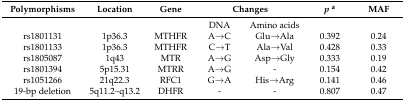
<table><thead><tr><td><b>Polymorphisms</b></td><td><b>Location</b></td><td><b>Gene</b></td><td colspan="2"><b>Changes </b></td><td><b><i>p</i><sup>a</sup></b></td><td><b>MAF</b></td></tr></thead><tbody><tr><td></td><td></td><td></td><td>DNA</td><td>Amino acids</td><td></td><td></td></tr><tr><td>rs1801131</td><td>1p36.3</td><td>MTHFR</td><td>A→C</td><td>Glu→Ala</td><td>0.392</td><td>0.24</td></tr><tr><td>rs1801133</td><td>1p36.3</td><td>MTHFR</td><td>C→T</td><td>Ala→Val</td><td>0.428</td><td>0.33</td></tr><tr><td>rs1805087</td><td>1q43</td><td>MTR</td><td>A→G</td><td>Asp→Gly</td><td>0.333</td><td>0.19</td></tr><tr><td>rs1801394</td><td>5p15.31</td><td>MTRR</td><td>A→G</td><td>-</td><td>0.154</td><td>0.42</td></tr><tr><td>rs1051266</td><td>21q22.3</td><td>RFC1</td><td>G→A</td><td>His→Arg</td><td>0.141</td><td>0.46</td></tr><tr><td>19-bp deletion</td><td>5q11.2–q13.2</td><td>DHFR</td><td>-</td><td>-</td><td>0.807</td><td>0.47</td></tr></tbody></table>